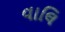
વાલિ